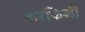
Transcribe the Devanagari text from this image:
करफिशीं